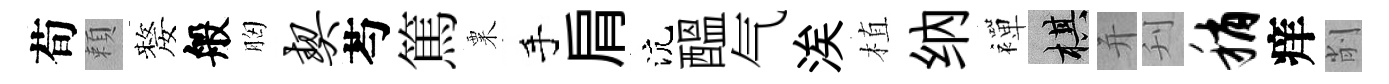
荀頼嫠般胸契芍篤粟手肩沆醖气涘植纳襌棋并刋稍痒削